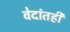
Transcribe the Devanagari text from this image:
वेदांतही